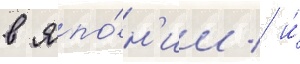
в япо́н'ии / и́